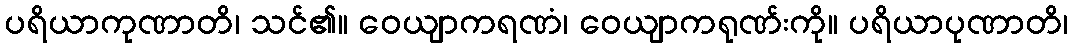
ပရိယာကုဏာတိ၊ သင်၏။ ဝေယျာကရဏံ၊ ဝေယျာကရုဏ်းကို။ ပရိယာပုဏာတိ၊